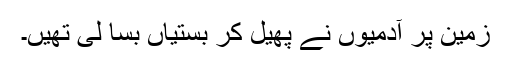
زمین پر آدمیوں نے پھیل کر بستیاں بسا لی تھیں۔